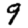
Digit: 9